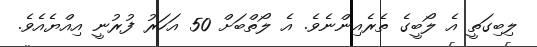
ލިބިގަތީ އެ ލޯބީގެ ތެރެއިންނެވެ. އެ ލޯތްބަށް 50 އަހަރު ފުރުނީ އިއްޔެއެވެ.